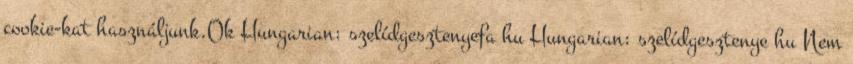
cookie-kat használjunk.Ok Hungarian: szelídgesztenyefa hu Hungarian: szelídgesztenye hu Nem